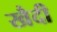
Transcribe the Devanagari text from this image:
खैदी